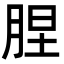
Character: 𦛠